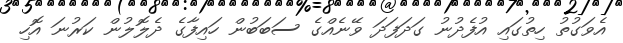
އެވަގުތު ހިތުގައި އުފެދުނު ގަދަފަދަ ވޭނެއްގެ ސަބަބުން ހައިފާގެ ދެލޮލުން ކަރުނަ އޮހި